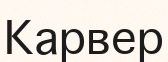
Карвер